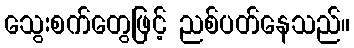
သွေးစက်တွေဖြင့် ညစ်ပတ်နေသည်။